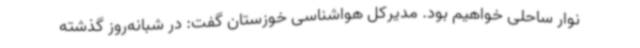
نوار ساحلی خواهیم بود. مدیرکل هواشناسی خوزستان گفت: در شبانه‌روز گذشته